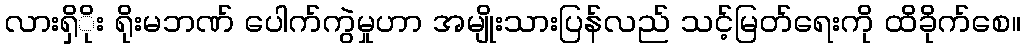
လားရှိိုး ရိုးမဘဏ် ပေါက်ကွဲမှုဟာ အမျိုးသားပြန်လည် သင့်မြတ်ရေးကို ထိခိုက်စေ။